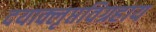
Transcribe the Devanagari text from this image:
दयाक्लृप्तविग्रहाय